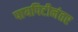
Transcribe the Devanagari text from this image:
पायपिटीनंतर